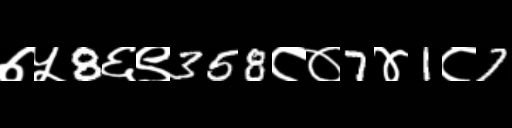
Text: ७५8६९358८०7४1८7